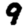
Digit: 9